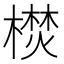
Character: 𣚵